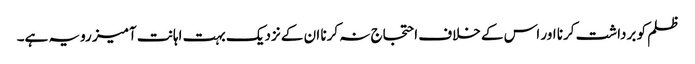
ظلم کو برداشت کرنا اور اس کے خلاف احتجاج نہ کرنا ان کے نزدیک بہت اہانت آمیز رویہ ہے۔